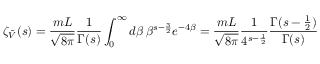
\zeta _ { \bar { \cal V } } ( s ) = \frac { m L } { \sqrt { 8 \pi } } \frac { 1 } { \Gamma ( s ) } \int _ { 0 } ^ { \infty } d \beta \, \beta ^ { s - \frac { 3 } { 2 } } e ^ { - 4 \beta } = \frac { m L } { \sqrt { 8 \pi } } \frac { 1 } { 4 ^ { s - \frac { 1 } { 2 } } } \frac { \Gamma ( s - \frac { 1 } { 2 } ) } { \Gamma ( s ) }